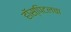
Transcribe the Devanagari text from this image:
हॉस्पिटलचा